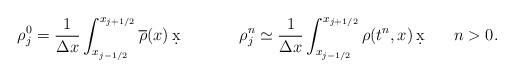
LaTeX: \begin{align*}&\rho_j^0=\frac{1}{\Delta x}\displaystyle\int_{x_{j-1/2}}^{x_{j+1/2}}\overline{\rho}(x)\,\d x&&&&\rho_j^n\simeq\frac{1}{\Delta x}\displaystyle\int_{x_{j-1/2}}^{x_{j+1/2}}\rho(t^n,x)\,\d x&n>0.\end{align*}